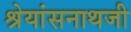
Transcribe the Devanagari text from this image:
श्रेयांसनाथजी